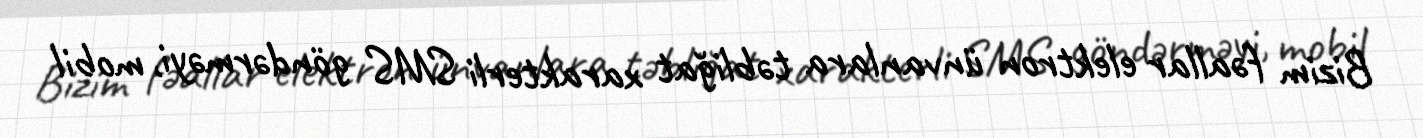
Bizim fəallar elektron ünvanlara təbliğat xarakterli SMS göndərməyi, mobil